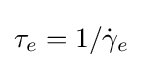
\tau _{e}=1/{\dot {\gamma }}_{e}